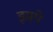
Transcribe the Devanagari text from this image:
इसपे